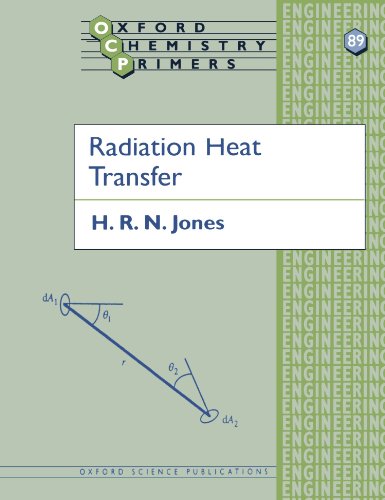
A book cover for Radiation Heat Transfer (Oxford Chemistry Primers); H. R. N. Jones; Science & Math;